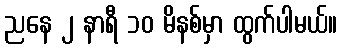
ညနေ ၂ နာရီ ၁၀ မိနစ်မှာ ထွက်ပါမယ်။